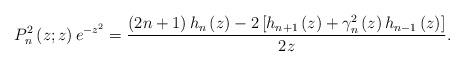
LaTeX: \begin{align*}P_{n}^{2}\left( z;z\right) e^{-z^{2}}=\frac{\left( 2n+1\right)h_{n}\left( z\right) -2\left[ h_{n+1}\left( z\right) +\gamma_{n}^{2}\left( z\right) h_{n-1}\left( z\right) \right] }{2z}. \end{align*}